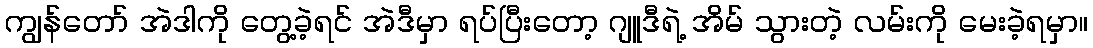
ကျွန်တော် အဲဒါကို တွေ့ခဲ့ရင် အဲဒီမှာ ရပ်ပြီးတော့ ဂျူဒီရဲ့ အိမ် သွားတဲ့ လမ်းကို မေးခဲ့ရမှာ။